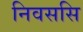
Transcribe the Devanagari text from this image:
निवससि